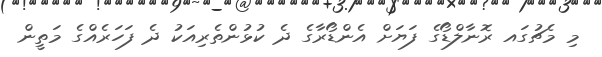
މި މެޗުގައ ރޮނާލްޑޯގެ ފަޔަށް އެންޑޯރާގެ ދެ ކުޅުންތެރިއަކު ދެ ފަހަރެއްގެ މަތީން